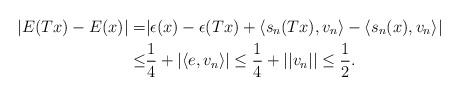
LaTeX: \begin{align*}|E(Tx ) - E (x)| = & |\epsilon (x) -\epsilon (Tx) + \langle s_n (T x) , v_n \rangle - \langle s_n (x) , v_n \rangle |\\ \leq & \frac 14 + |\langle e , v_n \rangle | \leq \frac 14 + ||v_n|| \leq \frac 12 .\end{align*}